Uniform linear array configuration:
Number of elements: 16
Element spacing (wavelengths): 1
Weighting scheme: cosine
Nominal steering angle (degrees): -60
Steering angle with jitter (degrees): -60.998
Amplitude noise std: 0.05
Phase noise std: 0.05

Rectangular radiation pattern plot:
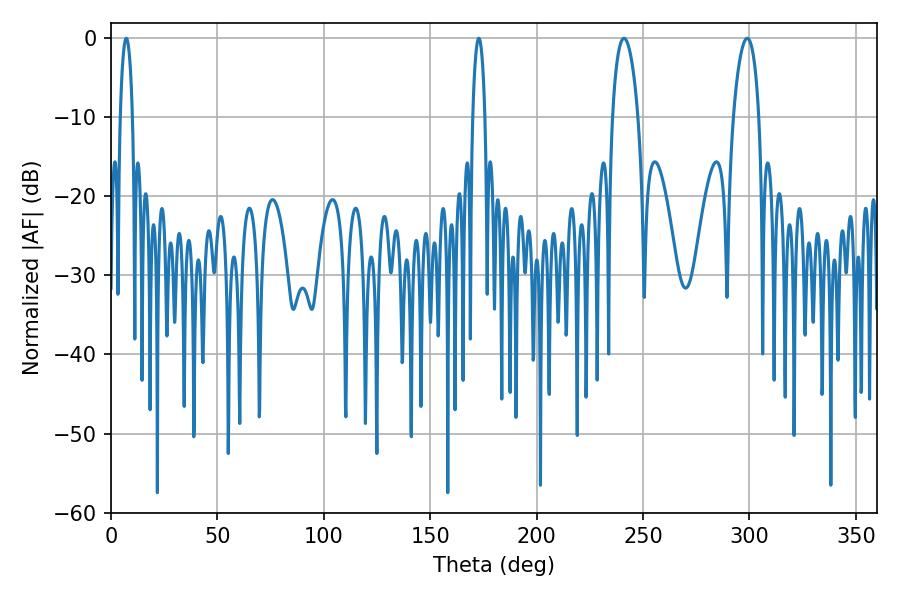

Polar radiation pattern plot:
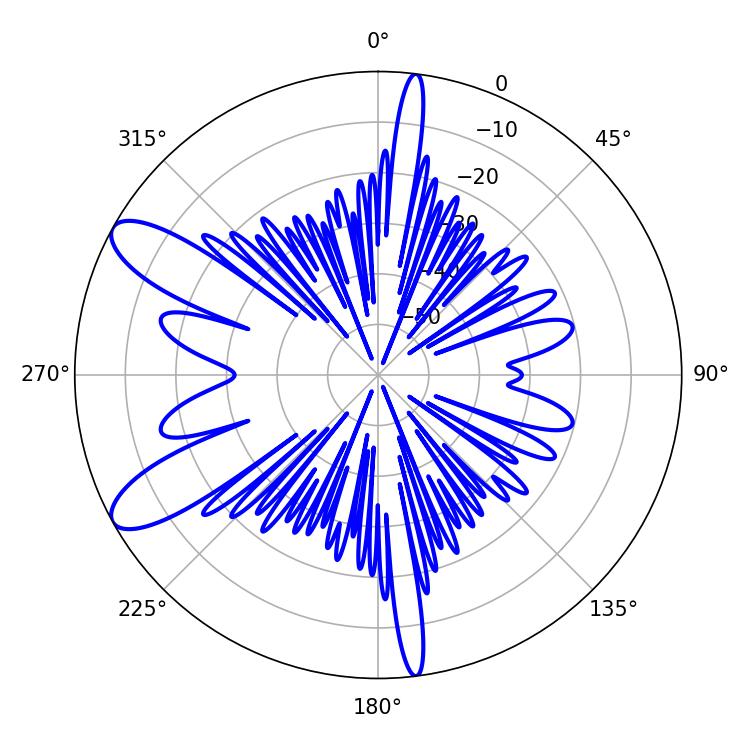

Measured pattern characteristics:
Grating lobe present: TRUE
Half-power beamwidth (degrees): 6.84
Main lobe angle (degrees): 241.02